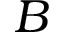
B